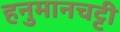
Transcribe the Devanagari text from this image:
हनुमानचट्टी